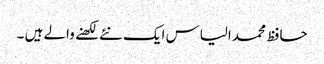
حافظ محمد الیاس ایک نئے لکھنے والے ہیں ۔